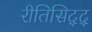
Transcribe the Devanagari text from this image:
रीतिसिद्द्